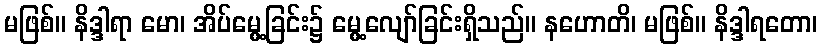
မဖြစ်။ နိဒ္ဒါရာ မော၊ အိပ်မွေ့ခြင်း၌ မွေ့လျော်ခြင်းရှိသည်။ နဟောတိ၊ မဖြစ်။ နိဒ္ဒါရတော၊